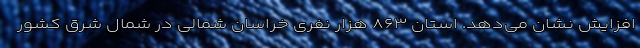
افزایش نشان می‌دهد. استان ۸۶۳ هزار نفری خراسان شمالی در شمال شرق کشور